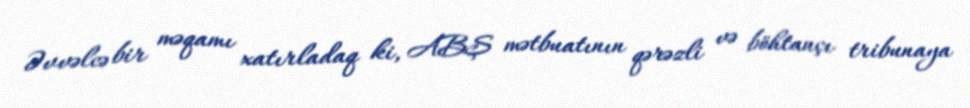
Əvvəlcə bir məqamı xatırladaq ki, ABŞ mətbuatının qərəzli və böhtançı tribunaya